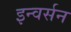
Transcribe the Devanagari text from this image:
इन्वर्सन